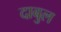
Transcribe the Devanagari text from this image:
दाबुल